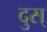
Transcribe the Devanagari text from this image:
दुस्‌